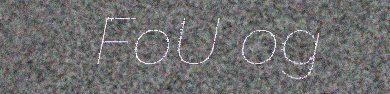
FoU og